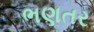
ભણતર